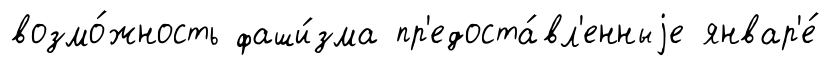
возмо́жность фаши́зма пр'едоста́вл'енныjе январ'е́